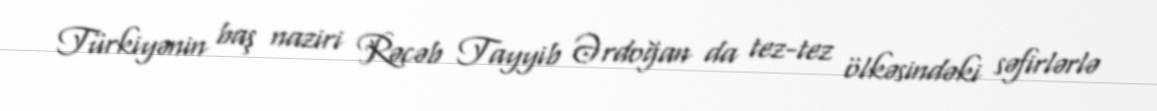
Türkiyənin baş naziri Rəcəb Tayyib Ərdoğan da tez-tez ölkəsindəki səfirlərlə